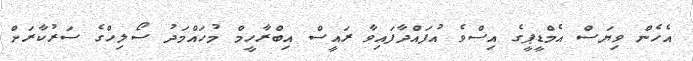
އެހެން ވިޔަސް އެމްޑީޕީގެ އިސްވެ އުފައްދާފައިވާ ރައީސް އިބްރާހީމް މުހައްމަދު ސޯލިހްގެ ސަރުކާރަށް